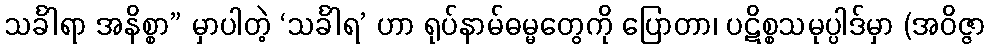
သင်္ခါရာ အနိစ္စာ” မှာပါတဲ့ ‘သင်္ခါရ’ ဟာ ရုပ်နာမ်ဓမ္မတွေကို ပြောတာ၊ ပဋိစ္စသမုပ္ပါဒ်မှာ (အဝိဇ္ဇာ